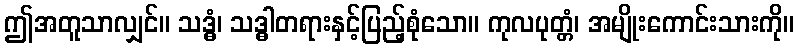
ဤအတူသာလျှင်။ သဒ္ဓံ၊ သဒ္ဓါတရားနှင့်ပြည့်စုံသော။ ကုလပုတ္တံ၊ အမျိုးကောင်းသားကို။